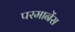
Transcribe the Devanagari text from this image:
परमानेंस